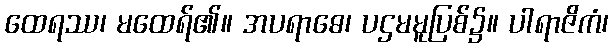
ထေရဿ၊ မထေရ်၏။ အပရာဓေ၊ ပဌမမူပြစ်၌။ ပါရာဇိကံ၊